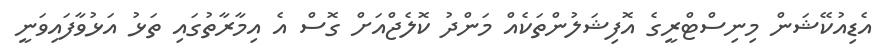
އެޑިއުކޭޝަން މިނިސްޓްރީގެ އޮފިޝަލުންތަކެއް މަންދު ކޮލެޖްއަށް ގޮސް އެ އިމާރާތުގައި ތަޅު އަޅުވާފައިވަނީ